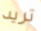
تريد